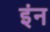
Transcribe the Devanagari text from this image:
इंन